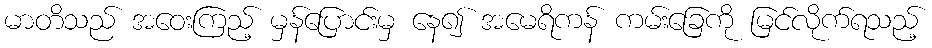
မာတိသည် အဝေးကြည့် မှန်ပြောင်းမှ နေ၍ အမေရိကန် ကမ်းခြေကို မြင်လိုက်ရသည့်